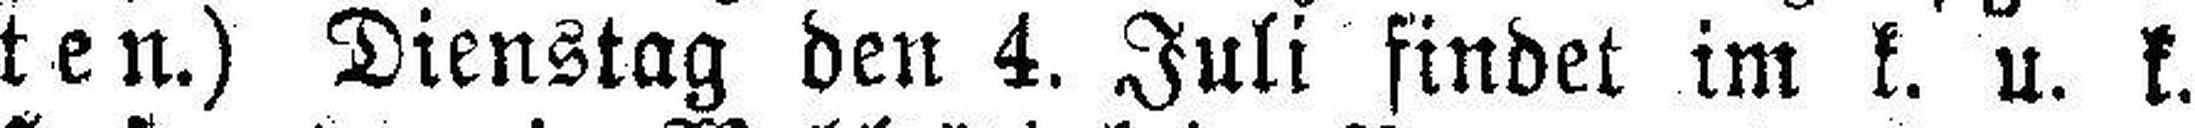
ten.) Dienstag den 4. Juli findet im k. u. k.